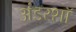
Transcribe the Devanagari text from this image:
अंडरशॉ